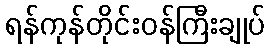
ရန်ကုန်တိုင်းဝန်ကြီးချုပ်